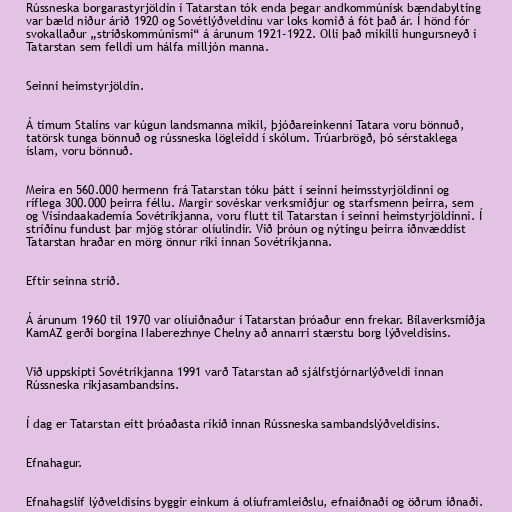
Rússneska borgarastyrjöldin í Tatarstan tók enda þegar andkommúnísk bændabylting
var bæld niður árið 1920 og Sovétlýðveldinu var loks komið á fót það ár. Í hönd fór
svokallaður „stríðskommúnismi“ á árunum 1921-1922. Olli það mikilli hungursneyð í
Tatarstan sem felldi um hálfa milljón manna.

Seinni heimstyrjöldin.

Á tímum Stalíns var kúgun landsmanna mikil, þjóðareinkenni Tatara voru bönnuð,
tatörsk tunga bönnuð og rússneska lögleidd í skólum. Trúarbrögð, þó sérstaklega
íslam, voru bönnuð.

Meira en 560.000 hermenn frá Tatarstan tóku þátt í seinni heimsstyrjöldinni og
ríflega 300.000 þeirra féllu. Margir sovéskar verksmiðjur og starfsmenn þeirra, sem
og Vísindaakademía Sovétríkjanna, voru flutt til Tatarstan í seinni heimstyrjöldinni. Í
stríðinu fundust þar mjög stórar olíulindir. Við þróun og nýtingu þeirra iðnvæddist
Tatarstan hraðar en mörg önnur ríki innan Sovétríkjanna.

Eftir seinna stríð.

Á árunum 1960 til 1970 var olíuiðnaður í Tatarstan þróaður enn frekar. Bílaverksmiðja
KamAZ gerði borgina Naberezhnye Chelny að annarri stærstu borg lýðveldisins.

Við uppskipti Sovétríkjanna 1991 varð Tatarstan að sjálfstjórnarlýðveldi innan
Rússneska ríkjasambandsins.

Í dag er Tatarstan eitt þróaðasta ríkið innan Rússneska sambandslýðveldisins.

Efnahagur.

Efnahagslíf lýðveldisins byggir einkum á olíuframleiðslu, efnaiðnaði og öðrum iðnaði.